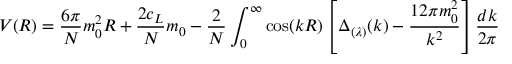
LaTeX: V ( R ) = \frac { 6 \pi } N m _ { 0 } ^ { 2 } R + \frac { 2 c _ { L } } N m _ { 0 } - \frac 2 N \int _ { 0 } ^ { \infty } \cos ( k R ) \left[ \Delta _ { ( \lambda ) } ( k ) - \frac { 1 2 \pi m _ { 0 } ^ { 2 } } { k ^ { 2 } } \right] \frac { d k } { 2 \pi }